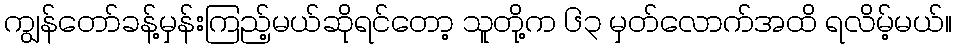
ကျွန်တော်ခန့်မှန်းကြည့်မယ်ဆိုရင်တော့ သူတို့က ၆၃ မှတ်လောက်အထိ ရလိမ့်မယ်။